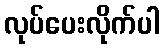
လုပ်ပေးလိုက်ပါ